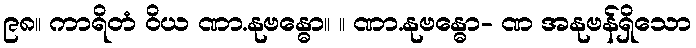
၉၈။ ကာရိတံ ဝိယ ဏာ.နုဗန္ဓော။ ။ ဏာ.နုဗန္ဓော- ဏ အနုဗန်ရှိသော